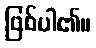
ဖြစ်ပါ၏။